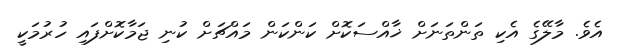
އެވެ. މާލޭގެ އެކި ތަންތަނަށް ޚާއްސަކޮށް ކަންކަން މައްޗަށް ކުނި ޖަމާކޮށްފައި ހުރުމަކީ